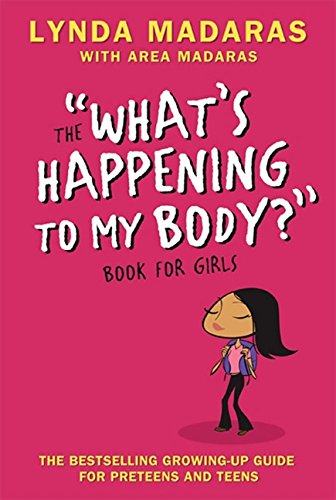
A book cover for What's Happening to My Body? Book for Girls: Revised Edition; Lynda Madaras; Parenting & Relationships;